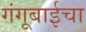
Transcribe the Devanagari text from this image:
गंगूबाईचा